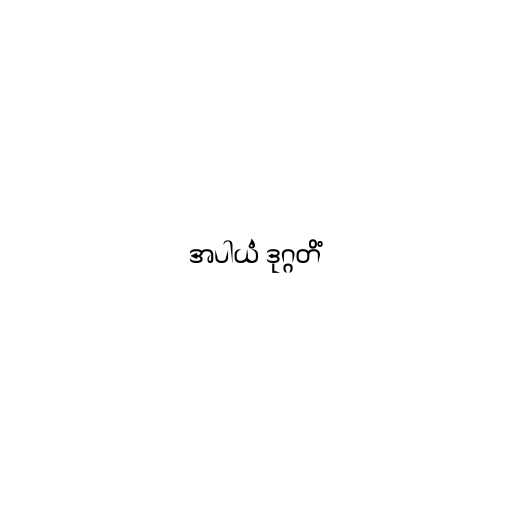
အပါယံ ဒုဂ္ဂတိံ